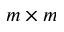
m \times m